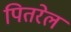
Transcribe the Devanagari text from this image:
पितरेल